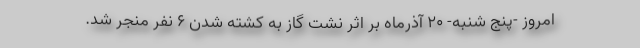
امروز -پنج شنبه- ۲۰ آذرماه بر اثر نشت گاز به کشته شدن ۶ نفر منجر شد.